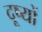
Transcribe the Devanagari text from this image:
दूष्यों